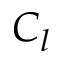
C _ { l }